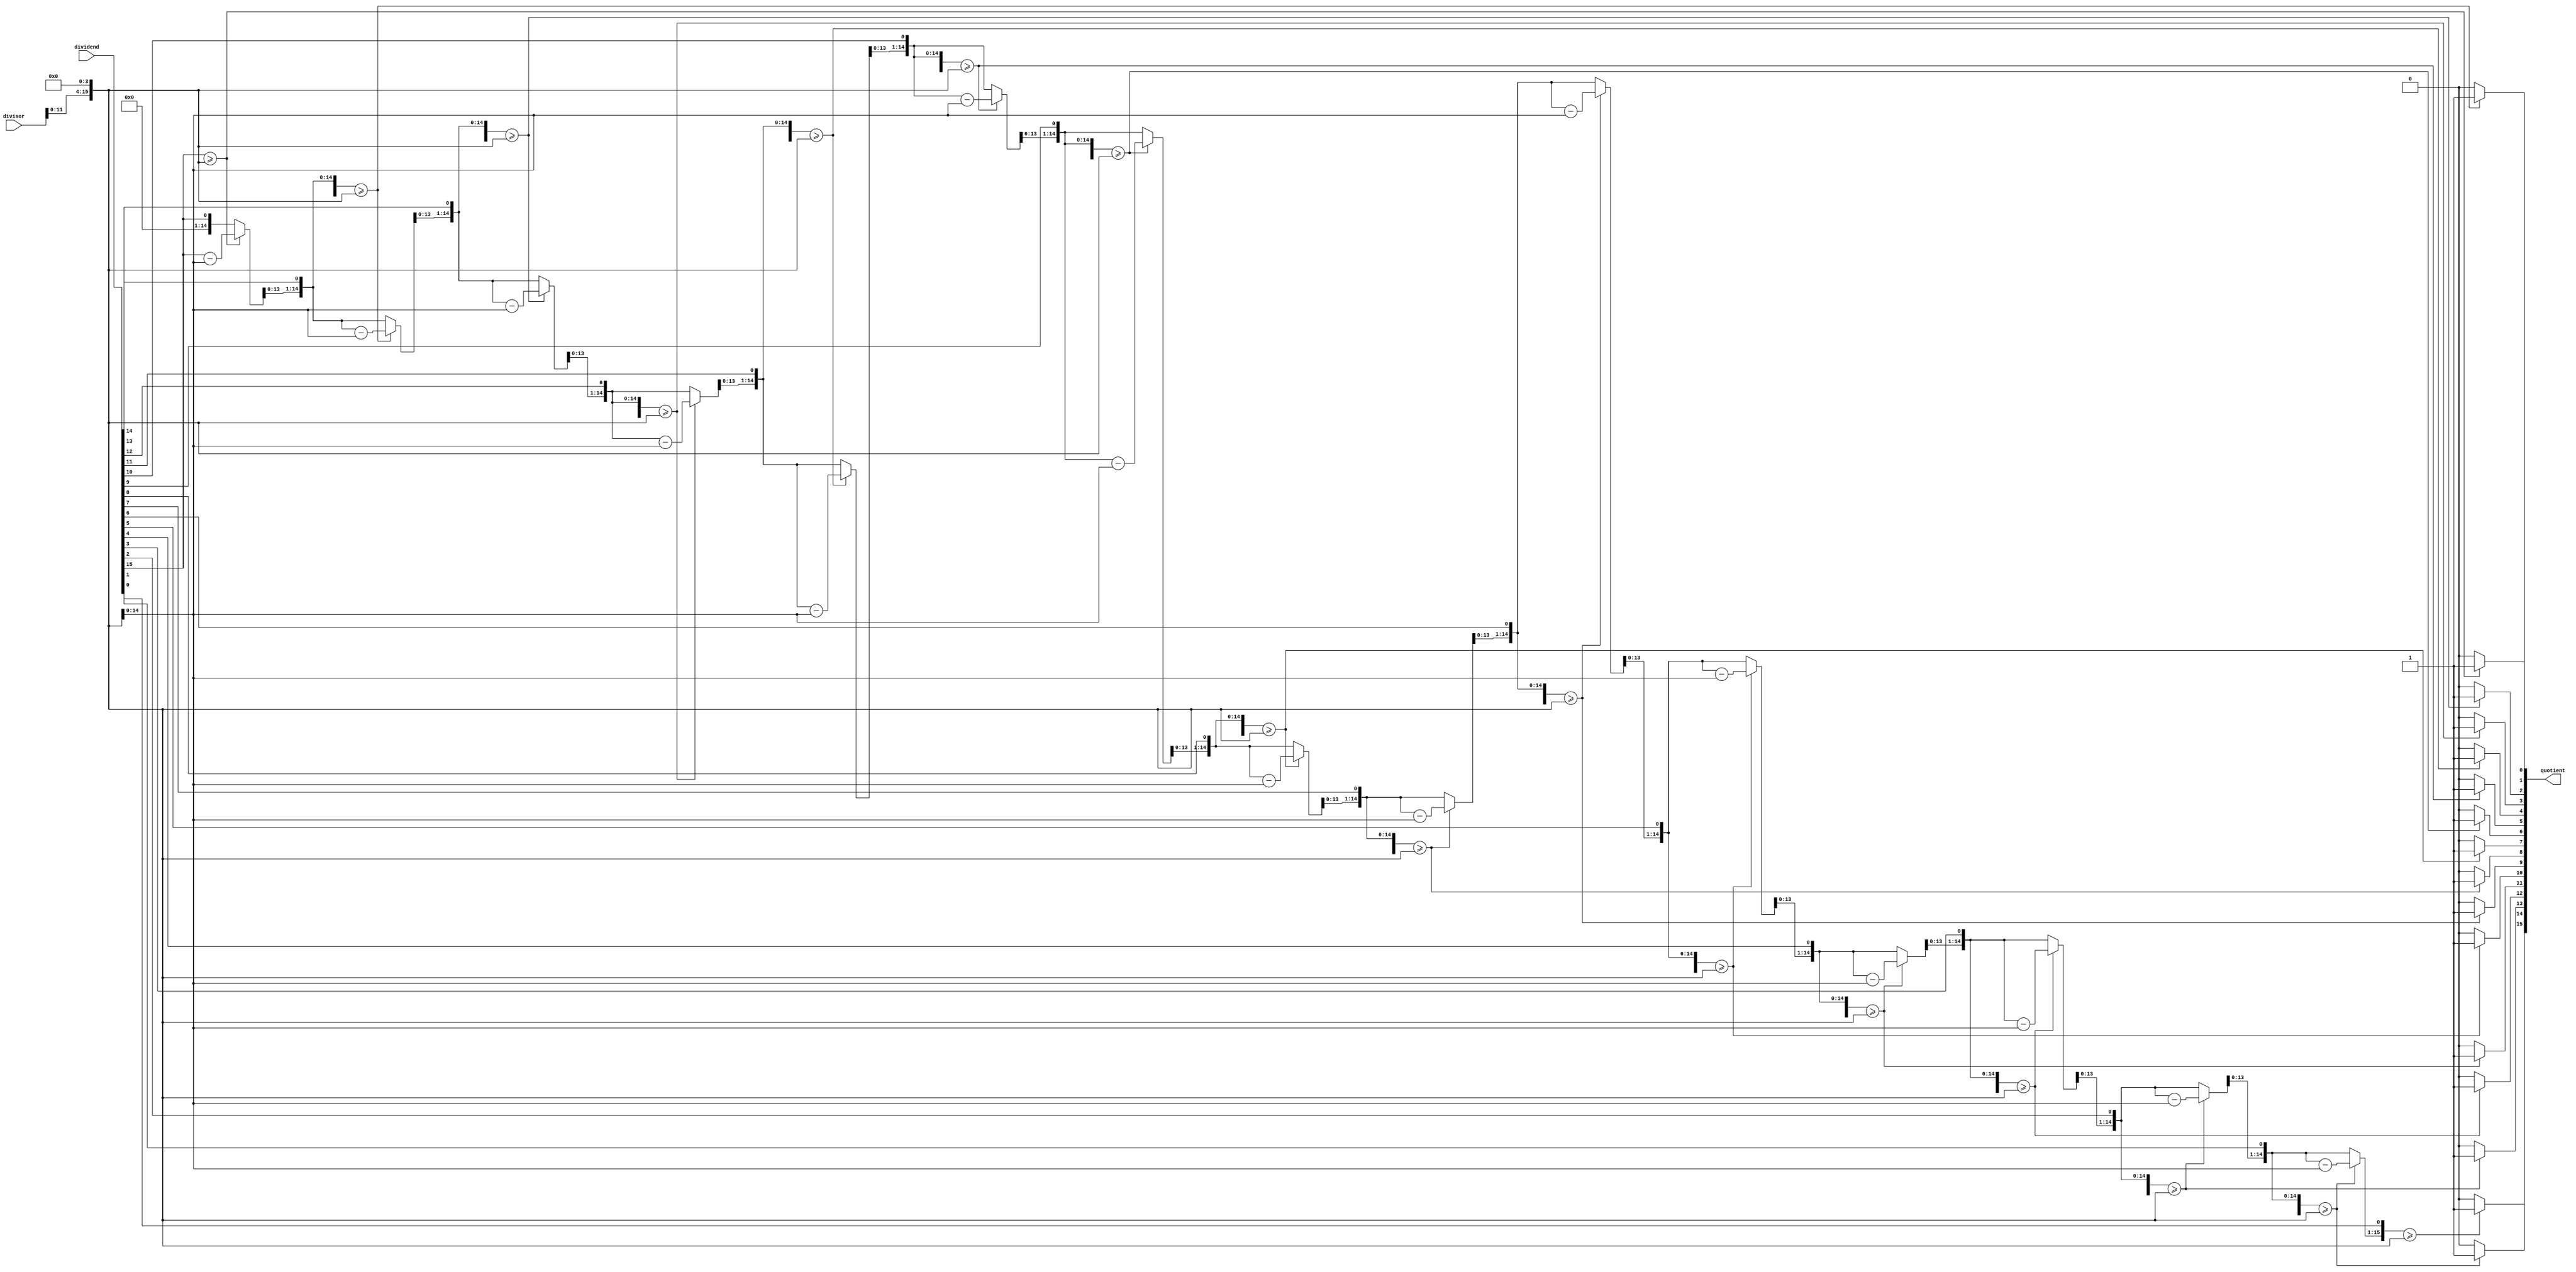
module Fractional_Divider (
    input [15:0] dividend,
    input [15:0] divisor,
    output reg [15:0] quotient
);

reg [15:0] numerator;
reg [15:0] remainder;
reg [15:0] shifted_divisor;
reg [3:0] count;

always @(*) begin
    numerator = dividend;
    remainder = 0;
    shifted_divisor = divisor << 4; // Shift divisor by 4 bits for fixed-point division
    quotient = 0;

    for (count = 0; count < 16; count = count + 1) begin
        remainder = remainder << 1;
        remainder[0] = numerator[15];
        numerator = numerator << 1;

        if (remainder >= shifted_divisor) begin
            remainder = remainder - shifted_divisor;
            quotient[count] = 1;
        end else begin
            quotient[count] = 0;
        end
    end
end

endmodule